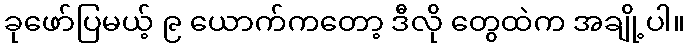
ခုဖော်ပြမယ့် ၉ ယောက်ကတော့ ဒီလို တွေထဲက အချို့ပါ။